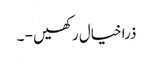
ذرا خیال رکھیں - ۔